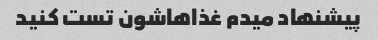
پیشنهاد میدم غذاهاشون تست کنید